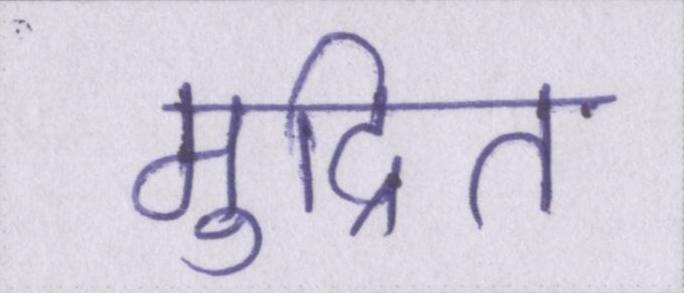
मुद्रित